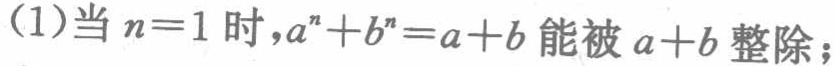
(1)当\(n = 1\)时，\(a^{n}+b^{n}=a + b\)能被\(a + b\)整除；